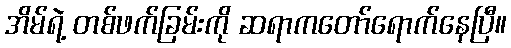
အိမ်ရဲ့ တစ်ဖက်ခြမ်းကို ဆရာကတော်ရောက်နေပြီ။